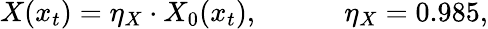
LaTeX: X(x_{t})=\eta_{X}\cdot X_{0}(x_{t}),\qquad\quad\eta_{X}=0.985,